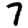
Digit: 7